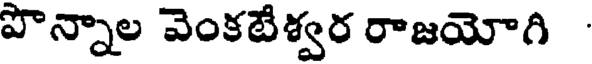
పొన్నాల వెంకటేశ్వర రాజయోగి